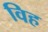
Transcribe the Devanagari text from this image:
विह